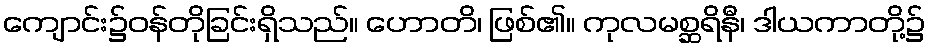
ကျောင်း၌ဝန်တိုခြင်းရှိသည်။ ဟောတိ၊ ဖြစ်၏။ ကုလမစ္ဆရိနီ၊ ဒါယကာတို့၌